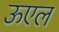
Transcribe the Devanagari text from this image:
ऊएल